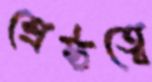
শ্রেষ্ঠত্বে